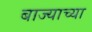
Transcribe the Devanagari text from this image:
बाज्याच्या